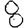
Digit: 8